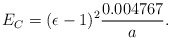
\begin{align*}E_C=(\epsilon-1)^2{0.004767\over a}.\end{align*}